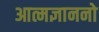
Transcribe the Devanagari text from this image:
आत्मज्ञाननो